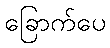
ခြောက်ပေ